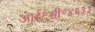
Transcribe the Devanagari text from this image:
आई॰सी॰४६३३